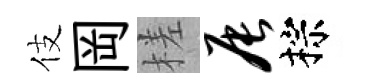
伎岡槎辰棕